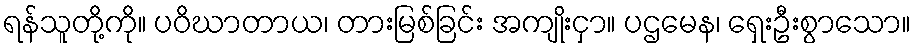
ရန်သူတို့ကို။ ပဝိဃာတာယ၊ တားမြစ်ခြင်း အကျိုးငှာ။ ပဌမေန၊ ရှေးဦးစွာသော။